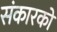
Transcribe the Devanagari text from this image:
संकारको